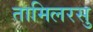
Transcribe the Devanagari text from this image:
तामिलरसु